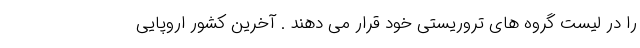
را در لیست گروه های تروریستی خود قرار می دهند . آخرین کشور اروپایی